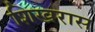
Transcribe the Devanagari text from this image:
शिखरास